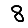
Digit: 8